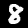
Digit: 8